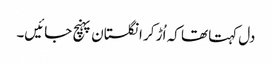
دل کہتا تھا کہ اُڑ کر انگلستان پہنچ جائیں۔